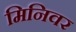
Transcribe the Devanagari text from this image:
मिनिवर